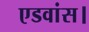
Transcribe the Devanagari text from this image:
एडवांस।